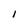
Character: 1